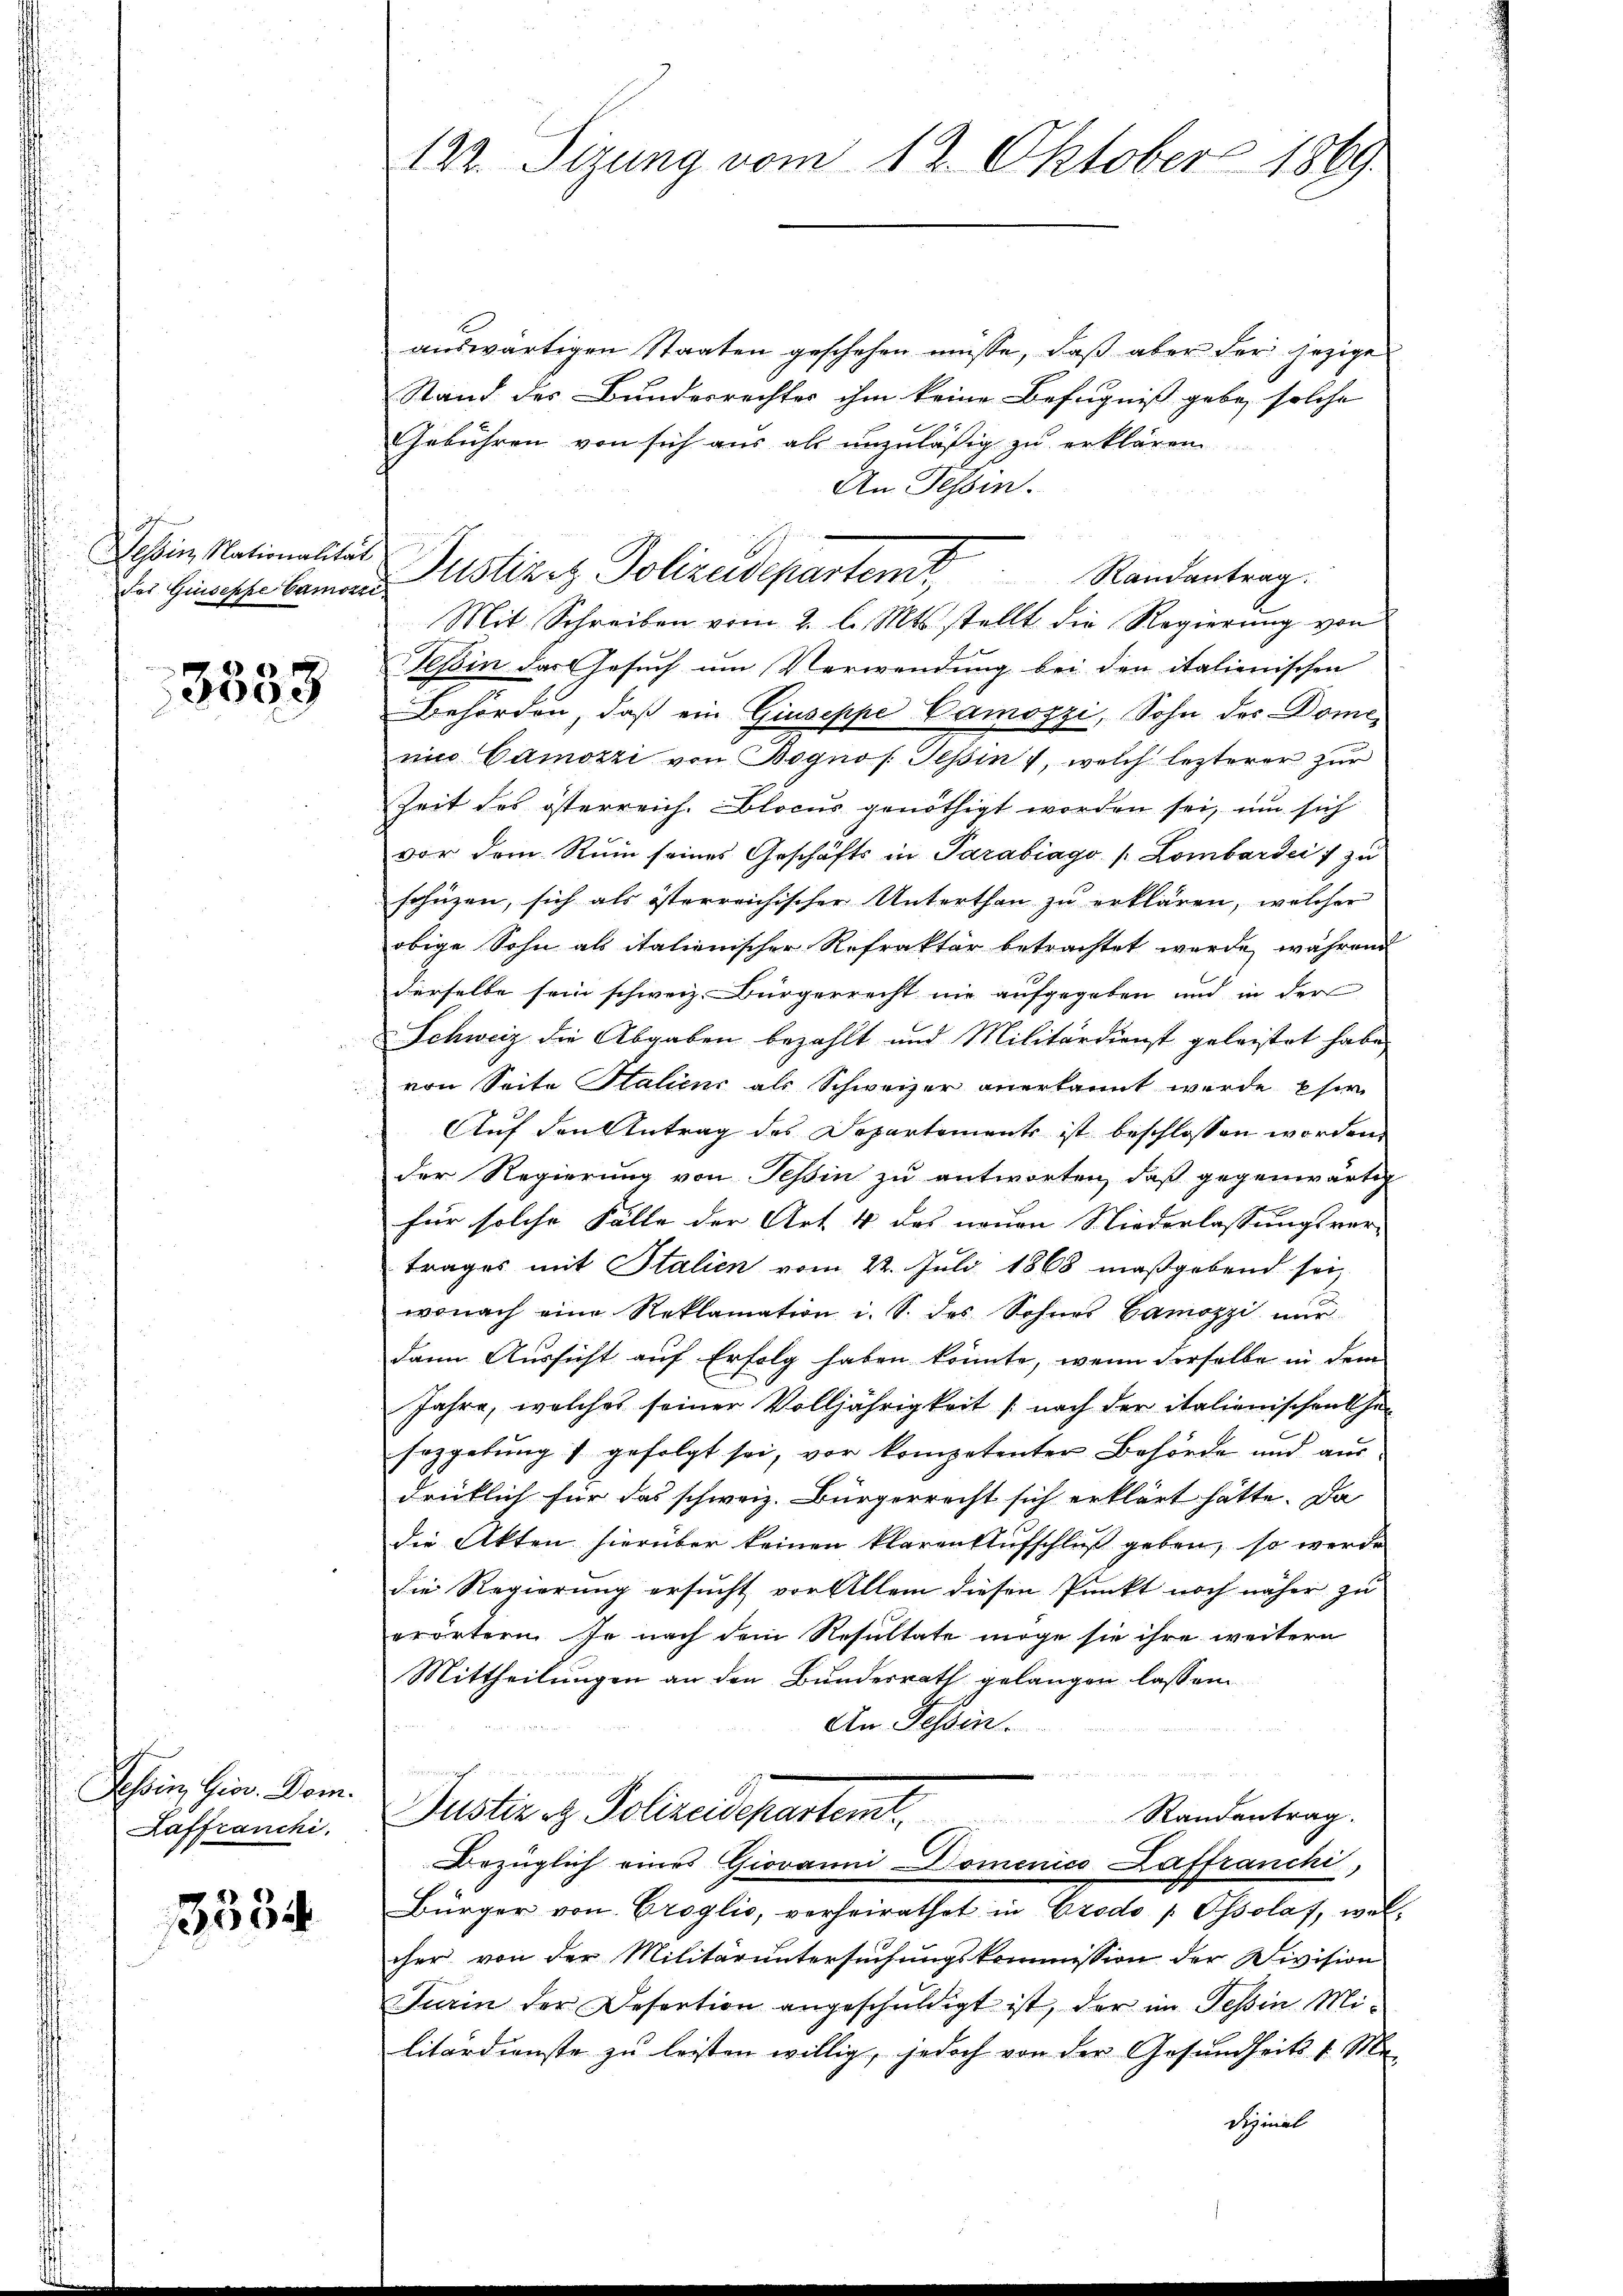
Tessin, Nationalität

3535

Tessin, Gior. Dom.
Raffranchi.

3334

auswärtigen Staaten geschehen müsse, daß aber der jezige
Stand des Bundesrechtes ihm keine Befugniß gebe, solche
Gebühren von sich aus als unzuläßig zu erklären
An Tessin.
Mit Schreiben vom 2. l. Mts. stellt die Regierung von
Tessin das Gesuch um Verwendung bei den italienischen
Behörden, daß ein Giuseppe Camozzi, Sohn des Domeni Camozzi von Bognos. Tessin, welch lezterer zur
Zeit des österreich. Blocus genöthigt worden sei, um sich
vor dem Ruin seines Geschäfts in Parabiago (Lombarders zu
schützen, sich als österreichischer Unterthan zu erklären, welcher
obige Sohn als italienischer Refrakter betrachtet wurde, während
derselbe sein schweiz. Bürgerrecht nie aufgegeben und in der
Schweiz die Abgaben bezahlt und Militärdienst geleistet habe,
von Seite Staliens als Schweizer anerkannt wurde, pfer
Auf den Antrag des Departements ist beschlossen worden,
der Regierung von Teßin zu antworten, daß gegenwärtig
für solche Fälle der Art 4 das neuen Niederlassungsver-
trages mit Stalien vom 22. Juli 1868 maßgebend sei,
wonach eine Reklamation i. S. des Sohnes Camozzi nŭr
dann Aussicht auf Erfolg haben könnte, wenn derselbe in dem
Jahre, welches seiner Volljährigkeit (nach der italienischenthei
sezgebung s. gefolgt sei, vor kompetenter Behörde und aus
drücklich für das schweiz. Bürgerrecht sich erklärt hätte. Da
die Akten hierüber keinen klaren Aufschluß geben, so werde
die Regierung ersucht vor Allem diesen Punkt noch näher zu
erörtern se nach dem Resultate möge sie ihre weitern
Mittheilungen an den Bundesrath gelangen lassen.
An Tessin.
Puster et. Polizeidepartemt.
Randentrag.
Bezüglich eines Giovanni Domenico Laffranchi,
Bürger von Croglio, verheirathet in Crodo „Ossolaf, welcher von der Militäruntersuchungskommission der Division
Turin der Desertion angeschuldigt ist, der im Tessin Militärdienste zu leisten willig, jedoch von der Gesundheits v. Medizinal

122. Sitzung vom 12. Oktober 1869

Der Hinsche kamen Justizenz Polizeidepartem Randantrag.